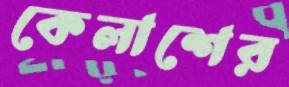
কেলাশের